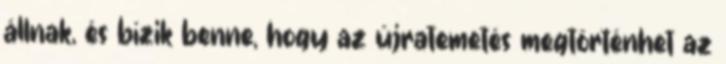
állnak, és bízik benne, hogy az újratemetés megtörténhet az